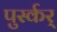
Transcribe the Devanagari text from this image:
पुर्स्कर्